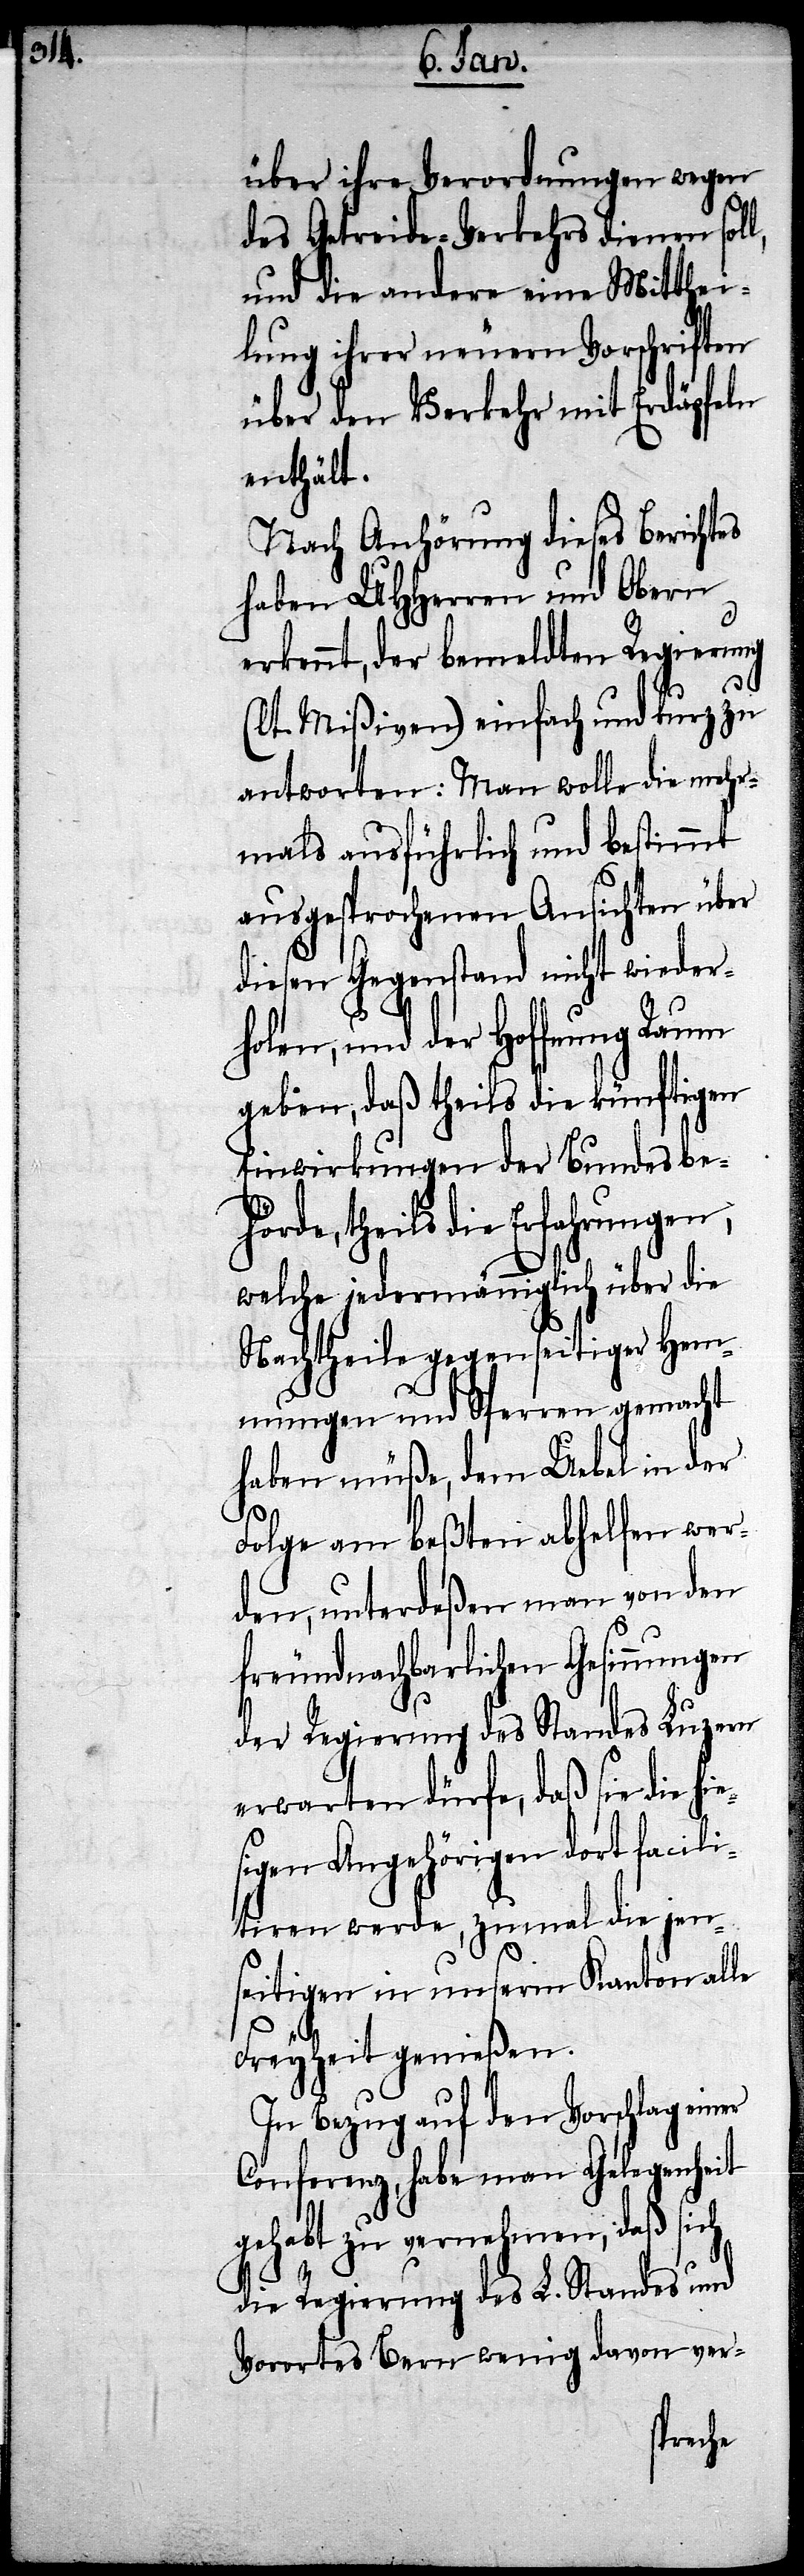
über ihre Verordnungen wegen
des Getreide-Verkehrs dienen sol¬
und die andere eine Mitthei¬
lung ihrer neuern Vorschriften
über den Verkehr mit Erdäpfeln
enthält.
Nach Anhörung dieses Berichtes
haben UHHerren und Obern
erkennt, der bemeldten Regierung
(lt. Mißiven) einfach und kurz zu
antworten: Man wolle die mehr¬
mals ausführlich und bestimmt
ausgesprochenen Ansichten über
diesen Gegenstand nicht wieder¬
holen, und der Hoffnung Raum
geben, daß theils die künftigen
Einwirkungen der Bundesbe¬
hörde, theils die Erfahrungen,
welche jedermänniglich über die
Nachtheile gegenseitiger Hem¬
mungen und Sperren gemacht
haben müße, dem Uebel in der
Folge am beßten abhelfen wer¬
den, unterdeßen man von den
freundnachbarlichen Gesinnungen
der Regierung des Standes Luzern
erwarten dürfe, daß sie die hie¬
sigen Angehörigen dort facili¬
tiren werde, zumal die jen¬
seitigen in unserm Kanton alle
l,
Freyheit genießen.
In Bezug auf den Vorschlag einer
Conferenz, habe man Gelegenheit
gehabt zu vernehmen, daß sich
die Regierung des L. Standes und
Vorortes Bern wenig davon ver-